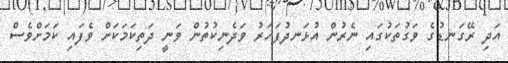
އަދި ރޭގަނޑުގެ ވަގުތަކުގައި ނެރުން އުޅަނދުފަހަރު ވަދެނިކުތުން ވަނީ ދަތިކަމަކަށް ވެފައި ކަމަށްވެސް